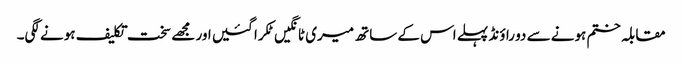
مقابلہ ختم ہونے سے دو راؤنڈ پہلے اس کے ساتھ میری ٹانگیں ٹکرا گئیں اور مجھے سخت تکلیف ہونے لگی۔